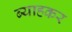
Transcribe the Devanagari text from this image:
ब्याहकर